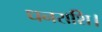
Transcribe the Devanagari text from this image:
धनराशि।